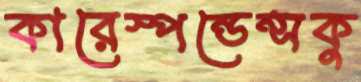
কারেস্পন্ডেন্সকু